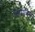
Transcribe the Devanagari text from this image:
वियात्रिस